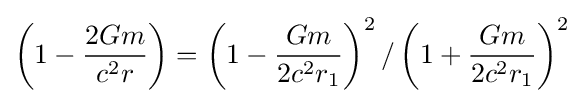
\left(1-{\frac {2Gm}{c^{2}r}}\right)=\left(1-{\frac {Gm}{2c^{2}r_{1}}}\right)^{2}/\left(1+{\frac {Gm}{2c^{2}r_{1}}}\right)^{2}